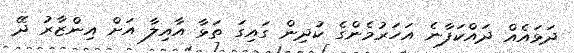
ދަޅައެއް ދައްކަފާނެ އަހަރުމެންގެ ކުދިން ގައިގަ ތަޅާ އާއިލާ އަށް އިންޒާރު ދޭ